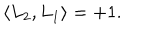
\langle L _ { 2 } , L _ { 1 } \rangle = + 1 .